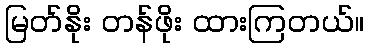
မြတ်နိုး တန်ဖိုး ထားကြတယ်။